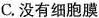
C.没有细胞膜